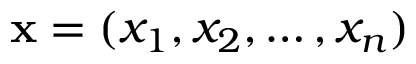
\mathbf { x } = ( x _ { 1 } , x _ { 2 } , \ldots , x _ { n } )